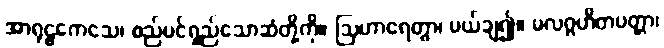
အာရုဠကေသေ၊ စည်ပင်ရှည်သောဆံတို့ကို။ ဩဟာရေတွာ၊ ပယ်ချ၍။ မလဂ္ဂဟိတပတ္တာ၊